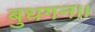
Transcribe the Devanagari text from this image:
बुधगन॥